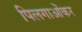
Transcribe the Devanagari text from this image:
पिलगाओंकर